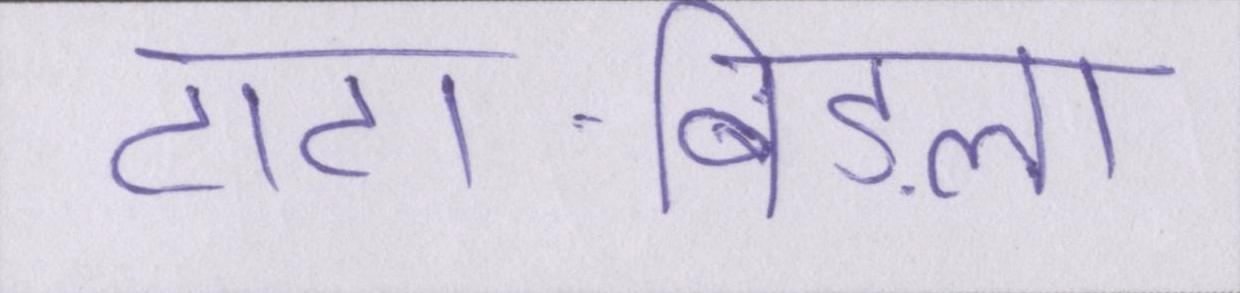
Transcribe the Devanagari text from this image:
टाटा-बिड़ला